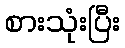
စားသုံးပြီး